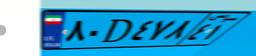
۸۰D۴۷۸۴۱